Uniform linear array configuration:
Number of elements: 4
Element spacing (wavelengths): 0.75
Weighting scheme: hann
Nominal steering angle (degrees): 0
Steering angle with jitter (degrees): -1.968
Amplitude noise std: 0.05
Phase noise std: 0.05

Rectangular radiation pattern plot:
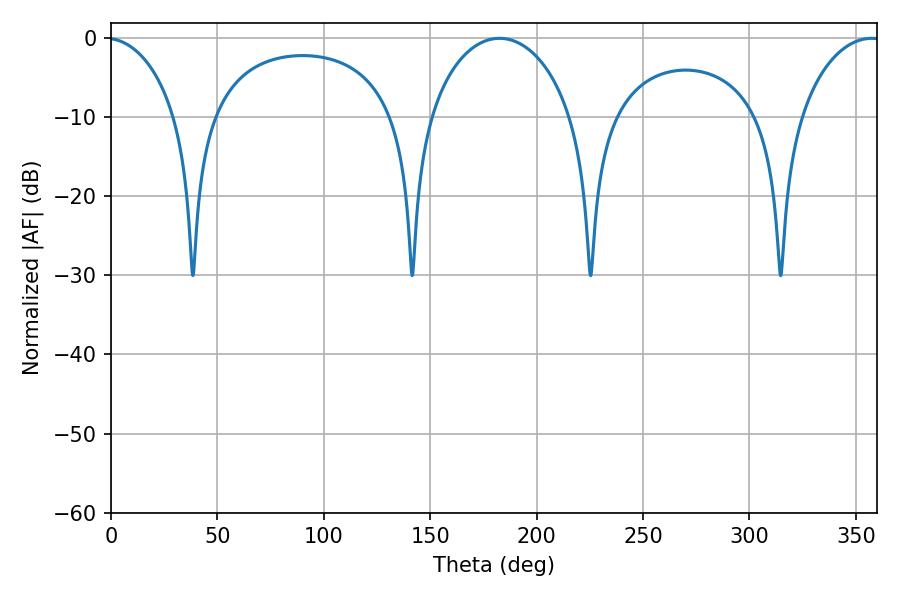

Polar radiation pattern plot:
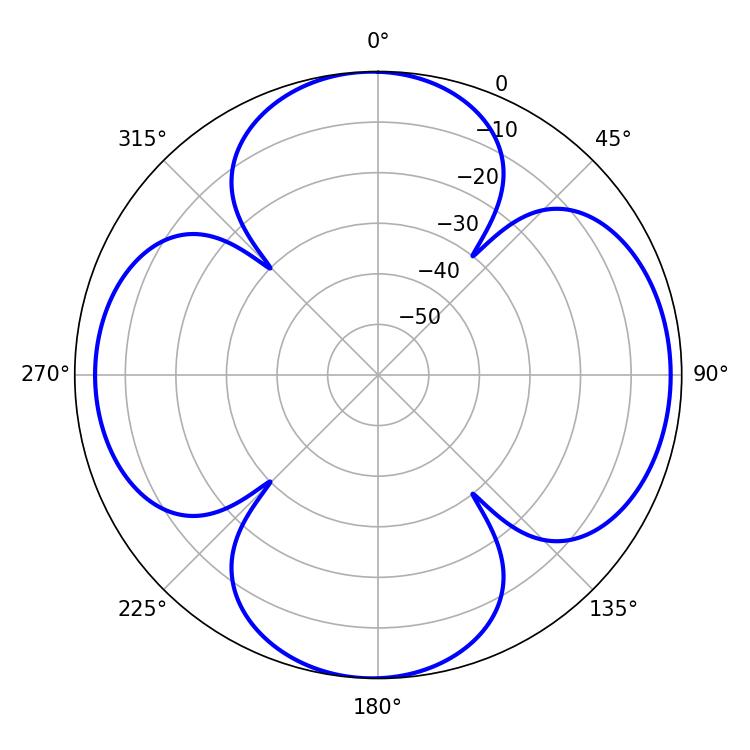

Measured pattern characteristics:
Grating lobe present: TRUE
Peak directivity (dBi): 10.347
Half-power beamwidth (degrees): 38.88
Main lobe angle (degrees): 182.52